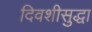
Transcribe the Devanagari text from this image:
दिवशीसुद्धा